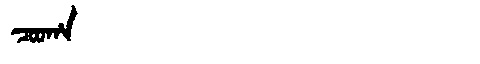
Manchu: ᠴᠣᠣᡥᠠ
Romanization: COOHA